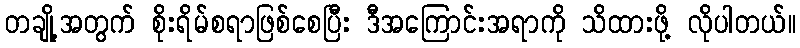
တချို့အတွက် စိုးရိမ်စရာဖြစ်စေပြီး ဒီအကြောင်းအရာကို သိထားဖို့ လိုပါတယ်။